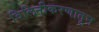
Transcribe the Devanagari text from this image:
विलिनीकरणातून